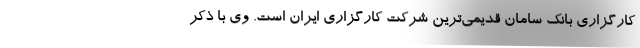
کارگزاری بانک سامان قدیمی‌ترین شرکت کارگزاری ایران است. وی با ذکر